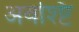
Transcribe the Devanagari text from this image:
अवश्ष्टि